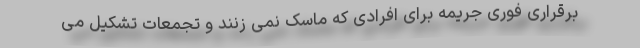
برقراری فوری جریمه برای افرادی که ماسک نمی زنند و تجمعات تشکیل می